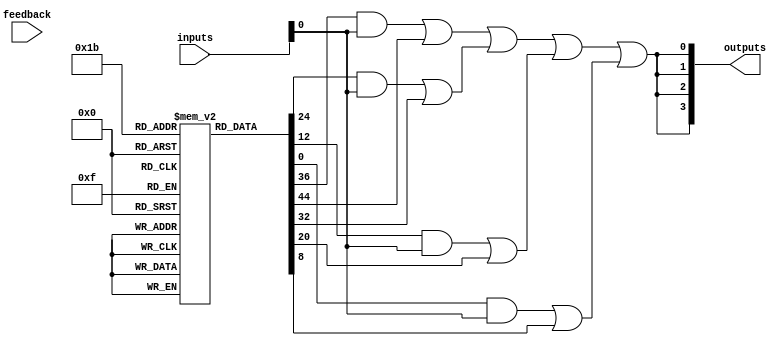
module HS_PAL (
    input wire [N-1:0] inputs,        // N input lines
    input wire [M-1:0] feedback,      // M feedback lines from outputs
    output wire [P-1:0] outputs       // P output lines
);

// Parameters for the design
parameter N = 8;                     // Number of inputs
parameter M = 4;                     // Number of feedback lines
parameter P = 4;                     // Number of outputs
parameter AND_TERMS = 4;             // Number of programmable AND gates

// Programmable AND gates
reg [N + M - 1:0] and_terms [0:AND_TERMS-1]; // AND gate configurations
wire [AND_TERMS-1:0] and_outputs;            // Outputs from AND gates

// Fixed OR gates
wire [P-1:0] or_outputs;                     // Outputs from OR gates

// Generate AND gates
genvar i;
generate
    for (i = 0; i < AND_TERMS; i = i + 1) begin : and_gate
        assign and_outputs[i] = and_terms[i][N-1:0] & inputs | and_terms[i][N + M - 1:N]; // AND with inputs and feedback
    end
endgenerate

// Fixed OR gates combining AND gate outputs
generate
    for (i = 0; i < P; i = i + 1) begin : or_gate
        assign or_outputs[i] = and_outputs[0] | and_outputs[1] | and_outputs[2] | and_outputs[3]; // Example for 4 AND gates
    end
endgenerate

// Assign outputs
assign outputs = or_outputs;

endmodule